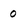
Character: 0